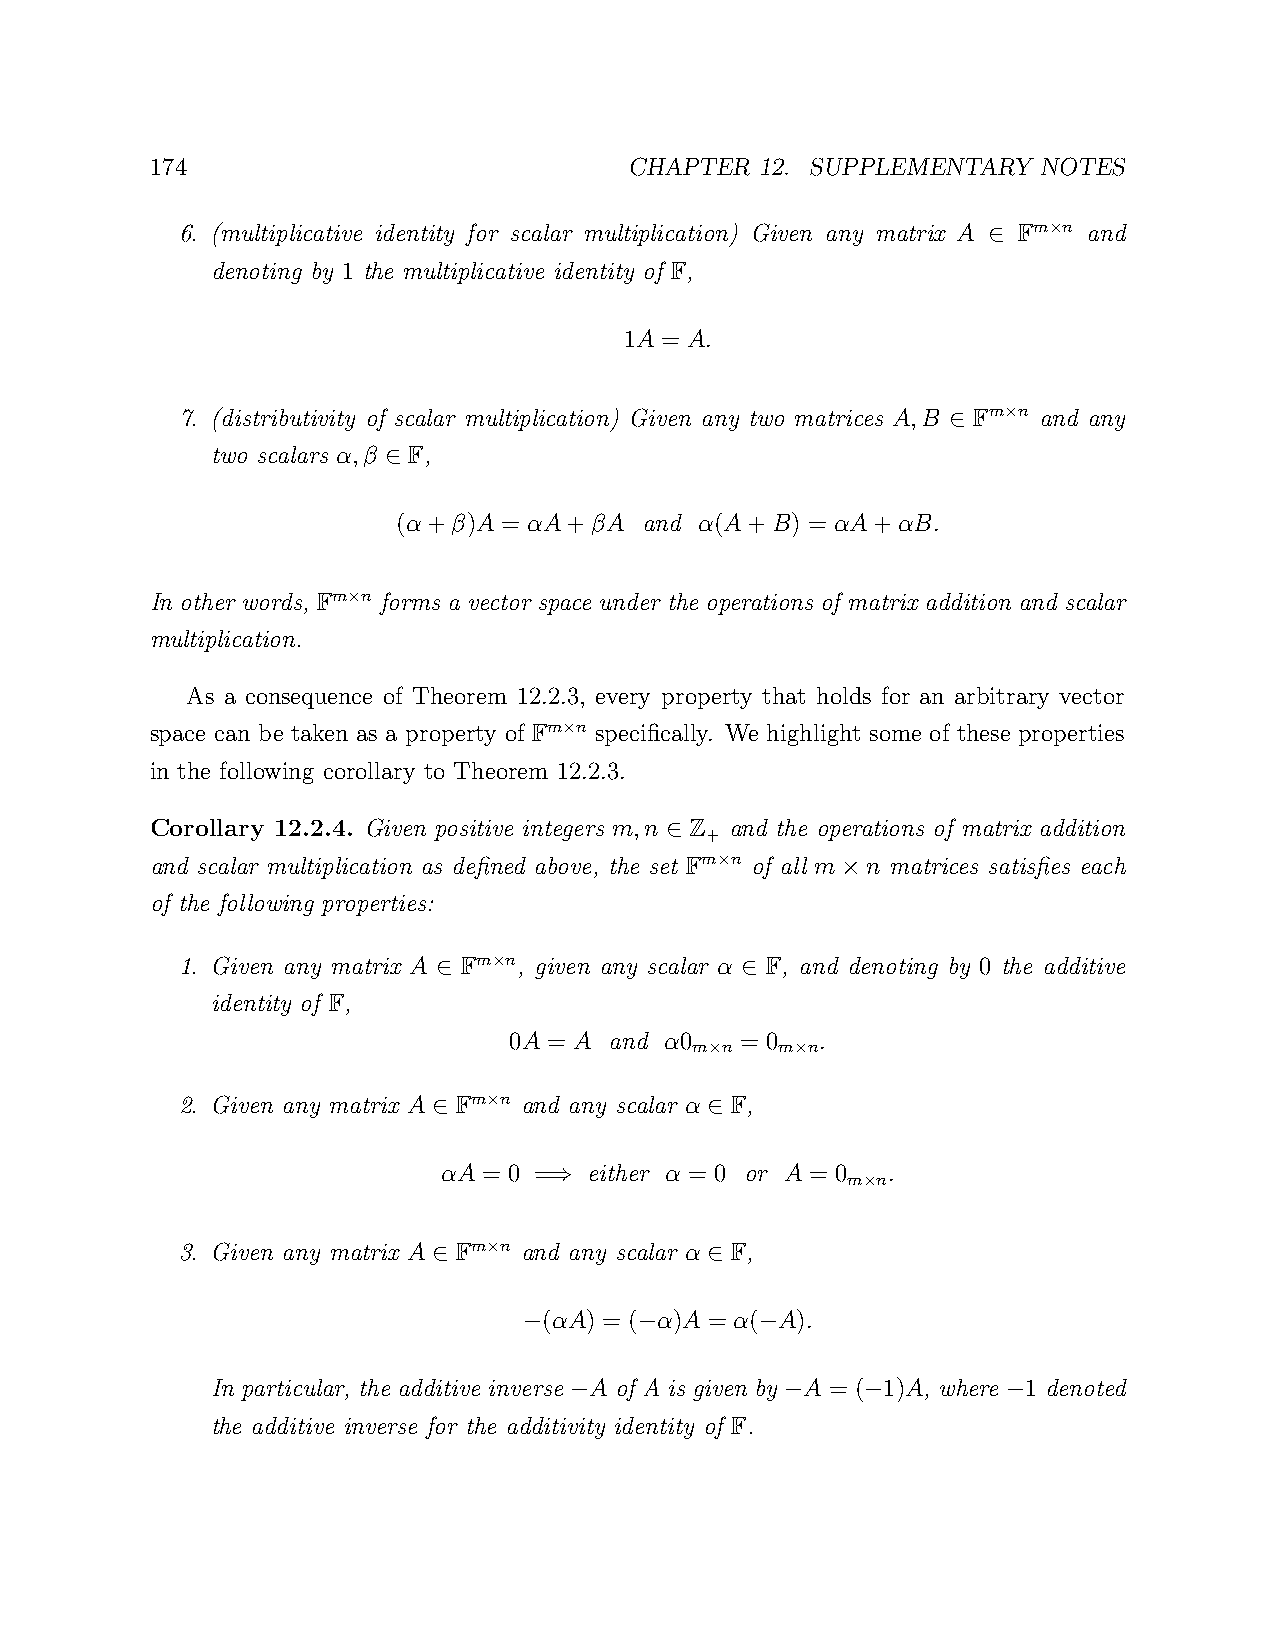
174                             CHAPTER 12. SUPPLEMENTARY  NOTES
 6. (multiplicative identity for scalar multiplication) Given any matrix A Fm n and
 ×
 ∈
 denoting by 1 the multiplicative identity of F,
 1A = A.
 7. (distributivity of scalar multiplication) Given any two matrices A,B Fm n and any
 ×
 ∈
 two scalars α,β F,
 ∈
 (α+β)A = αA+βA   and α(A+B) = αA+αB.
 In other words, Fm n forms a vector space under the operations of matrix addition and scalar
 ×
 multiplication.
 As a consequence of Theorem 12.2.3, every property that holds for an arbitrary vector
 space can be taken as a property of Fm n specifically. We highlight some of these properties
 ×
 in the following corollary to Theorem 12.2.3.
 Corollary 12.2.4. Given positive integers m,n Z and the operations of matrix addition
 +
 ∈
 and scalar multiplication as defined above, the set Fm n of all m n matrices satisfies each
 ×
 ×
 of the following properties:
 1. Given any matrix A Fm n, given any scalar α F, and denoting by 0 the additive
 ×
 ∈                   ∈
 identity of F,
 0A = A and α0  = 0  .
 m n   m n
 ×     ×
 2. Given any matrix A Fm n and any scalar α F,
 ×
 ∈                 ∈
 αA = 0 =  either α = 0 or A = 0 .
 m n
 ⇒                    ×
 3. Given any matrix A Fm n and any scalar α F,
 ×
 ∈                 ∈
 (αA) = ( α)A = α( A).
 −      −       −
 In particular, the additive inverse A of A is given by A = ( 1)A, where 1 denoted
 −             −    −         −
 the additive inverse for the additivity identity of F.